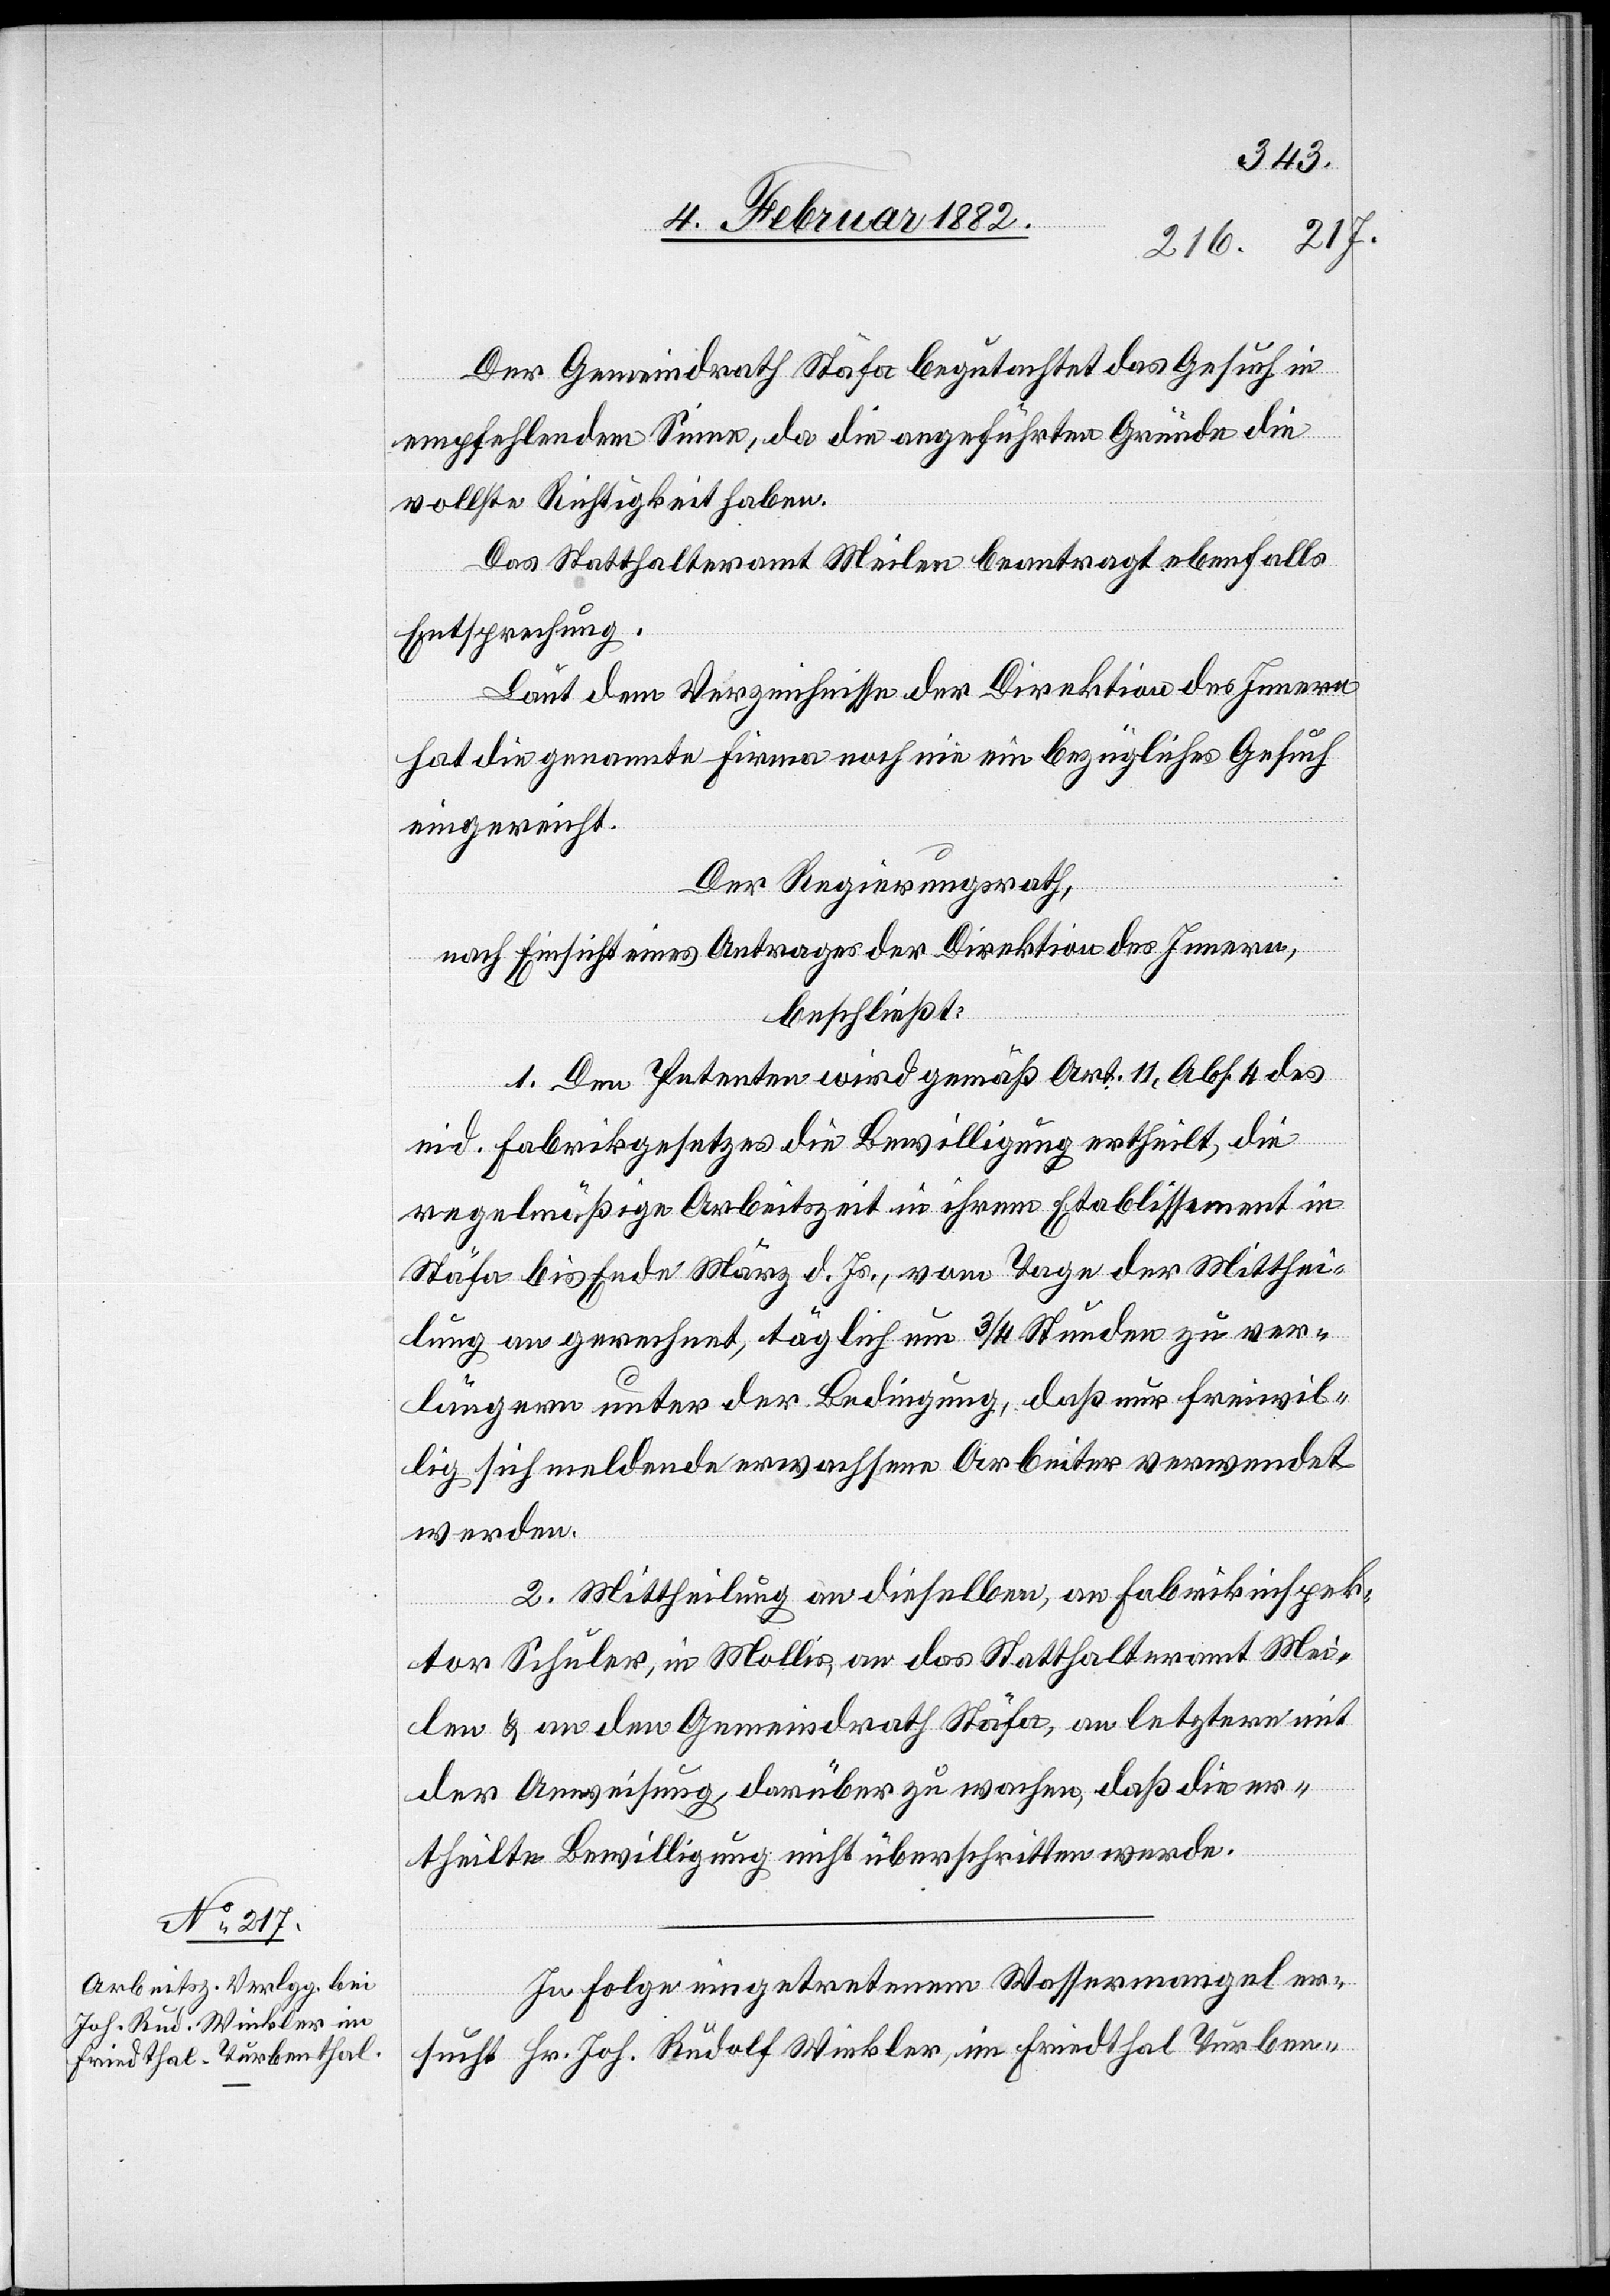
Der Gemeindrath Stäfa begutachtet das Gesuch in
empfehlendem Sinne, da die angeführten Gründe die
vollste Richtigkeit haben.
Das Statthalteramt Meilen beantragt ebenfalls
Entsprechung.
Laut dem Verzeichnisse der Direktion des Innern
hat die genannte Firma noch nie ein bezügliches Gesuch
eingereicht.
Der Regierungsrath,
nach Einsicht eines Antrages der Direktion des Innern,
beschließt:
1. Den Petenten wird gemäß Art. 11, Abs. 4 des
e¬
id. Fabrikgesetzes die Bewilligung ertheilt, die
regelmäßige Arbeitszeit in ihrem Etablissement in
Stäfa bis Ende März d. Js., vom Tage der Mitthei¬
lung an gerechnet, täglich um 3/4 Stunden zu ver¬
längern unter der Bedingung, daß nur freiwil¬
lig sich meldende erwachsene Arbeiter verwendet
werden.
2. Mitteilung an dieselben, an Fabrikinspek¬
tor Schuler, in Mollis, an das Statthalteramt Mei¬
len & an den Gemeindrath Stäfa, an letztern mit
der Anweisung, darüber zu wachen, daß die er¬
theilte Bewilligung nicht überschritten werde.
In Folge eingetretenem Wassermangel er¬
sucht Hr. Joh. Rudolf Winkler, im Friedthal Turben -